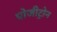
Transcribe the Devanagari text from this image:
पोजीट्रोन